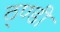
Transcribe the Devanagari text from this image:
ठ्ण्डी